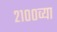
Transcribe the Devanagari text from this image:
२१००व्या